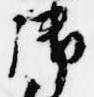
御